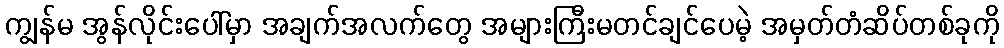
ကျွန်မ အွန်လိုင်းပေါ်မှာ အချက်အလက်တွေ အများကြီးမတင်ချင်ပေမဲ့ အမှတ်တံဆိပ်တစ်ခုကို